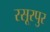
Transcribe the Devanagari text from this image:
रसूरपुर